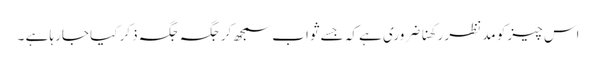
اس چیز کو مدنظر رکھنا ضروری ہے کہ جسے ثواب سمجھ کر جگہ جگہ ذکر کیا جارہا ہے ۔